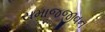
સમાજજીવન